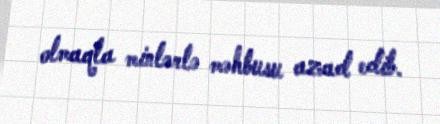
olmaqla minlərlə məhbusu azad edib.